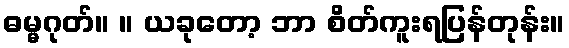
ဓမ္မဂုတ်။ ။ ယခုတော့ ဘာ စိတ်ကူးရပြန်တုန်း။